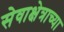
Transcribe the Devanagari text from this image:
सेवाक्षेत्राच्या